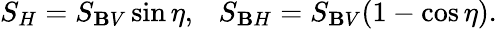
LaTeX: S_{H}=S_{\mathbf{B}V}\sin\eta,~~~S_{\mathbf{B}H}=S_{\mathbf{B}V}(1-\cos\eta).